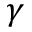
\gamma